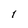
Character: 1